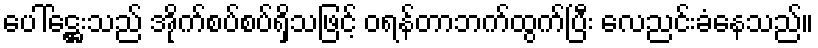
ပေါ်ဋ္ဌေးသည် အိုက်စပ်စပ်ရှိသဖြင့် ဝရန်တာဘက်ထွက်ပြီး လေညင်းခံနေသည်။